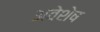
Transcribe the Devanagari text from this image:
अवेशेष